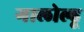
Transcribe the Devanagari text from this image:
गालोल्हू